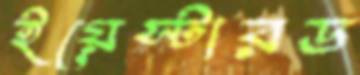
ইয়েস্টারড